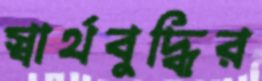
স্বার্থবুদ্ধির